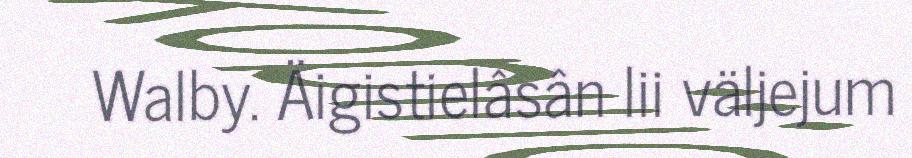
Walby. Äigistielâsân lii väljejum